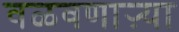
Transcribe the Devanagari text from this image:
वळवणाऱ्या